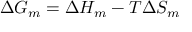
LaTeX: \Delta G _ { m } = \Delta H _ { m } - T \Delta S _ { m }